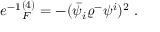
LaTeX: e ^ { - 1 } \L _ { F } ^ { ( 4 ) } = - ( \bar { \psi } _ { i } \varrho ^ { - } \psi ^ { i } ) ^ { 2 } \ .